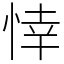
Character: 悻